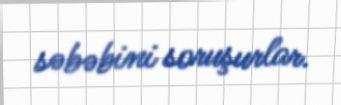
səbəbini soruşurlar.